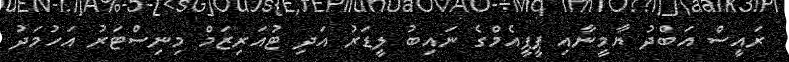
ރައީސް އަބްދު ޔާމީނާއި ޕީޕީއެމްގެ ނައިބު ލީޑަރު އަދި ޓުއަރިޒަމް މިނިސްޓަރު އަހުމަދު